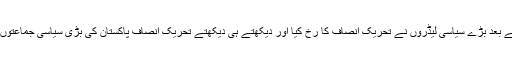
اکتوبر 2011ء کے جلسے کے بعد بڑے سیاسی لیڈروں نے تحریک انصاف کا رخ کیا اور دیکھتے ہی دیکھتے تحریک انصاف پاکستان کی بڑی سیاسی جماعتوں کی صف میں آن کھڑی ہوئی۔